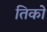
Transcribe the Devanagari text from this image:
तिको